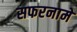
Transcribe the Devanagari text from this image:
सफरनामे